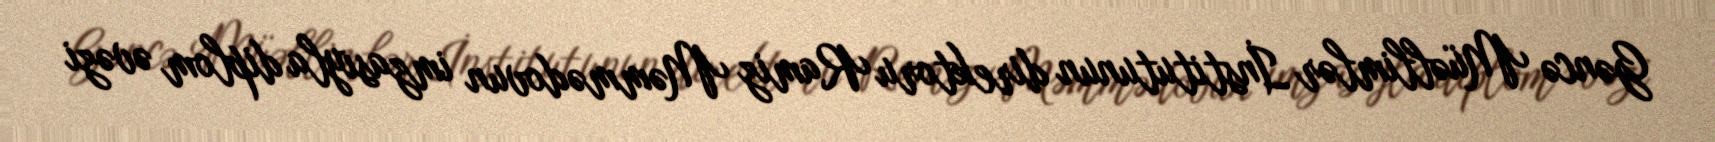
Gəncə Müəllimlər İnstitutunun direktoru Ramiz Məmmədovun imzasıyla diplom əvəzi